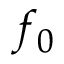
f _ { 0 }